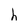
Character: h